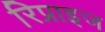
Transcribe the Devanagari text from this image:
रिप्राइज